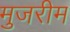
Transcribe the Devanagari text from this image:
मुजरीम